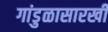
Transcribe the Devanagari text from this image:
गांडुळासारखी